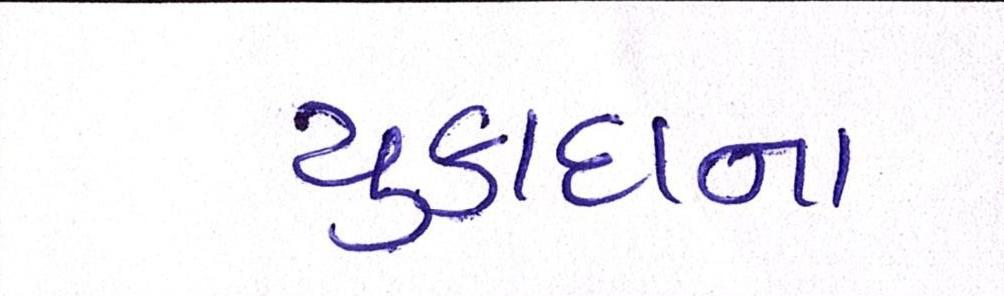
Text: ચુકાદાના